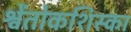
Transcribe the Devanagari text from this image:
श्वेंतोकशिस्का